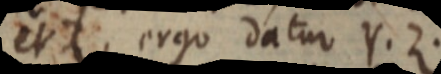
et ergo datur Y. Z.